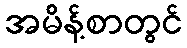
အမိန့်စာတွင်